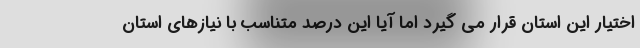
اختیار این استان قرار می گیرد اما آیا این درصد متناسب با نیازهای استان